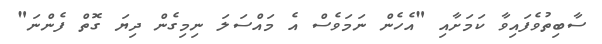
ސާބިތުވެފައިވާ ކަމަށާއި "އެހެން ނަމަވެސް އެ މައްސަލަ ނިމިގެން ދިޔަ ގޮތް ފެންނަ"